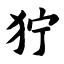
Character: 狞